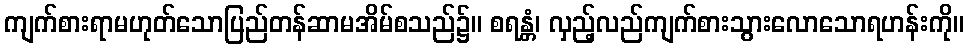
ကျက်စားရာမဟုတ်သောပြည်တန်ဆာမအိမ်စသည်၌။ စရန္တံ၊ လှည့်လည်ကျက်စားသွားလောသောရဟန်းကို။